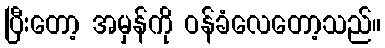
ပြီးတော့ အမှန်ကို ဝန်ခံလေတော့သည်။